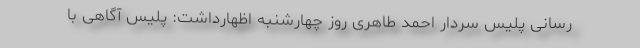
رسانی پلیس سردار احمد طاهری روز چهارشنبه اظهارداشت: پلیس آگاهی با